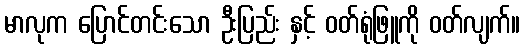
မာလုက ပြောင်တင်းသော ဦးပြည်း နှင့် ဝတ်ရုံဖြူကို ဝတ်လျက်။